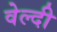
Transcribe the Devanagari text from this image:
वेल्दी